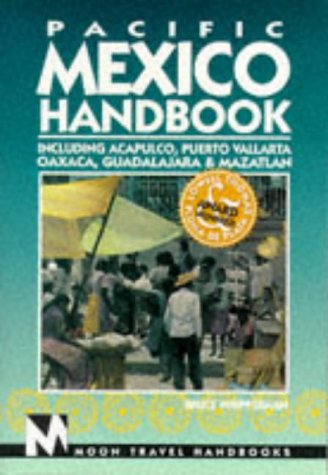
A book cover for Pacific Mexico Handbook: Acapulco, Puerto Vallarta Oaxaca, Guadalajara, Mazatlan (3rd ed); Bruce Whipperman; Travel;